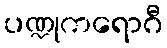
ပဏ္ဍုကရောဂီ